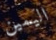
اليمين